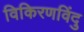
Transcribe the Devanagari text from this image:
विकिरणविंदु